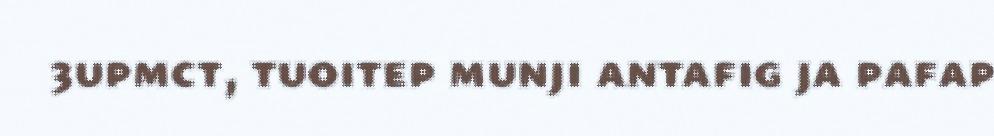
3upmct, tuoitep munji antafig ja pafap